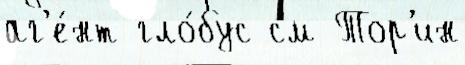
аг'е́нт гло́бус см Тор'ин